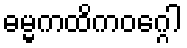
ဓမ္မကထိကဝဂ္ဂေါ